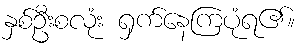
နှစ်ဦးစလုံး ရှက်နေကြပုံရ၏။